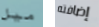
ميل إضافته